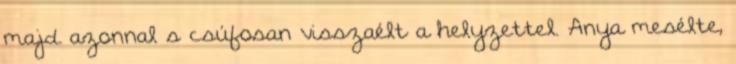
majd azonnal s csúfosan visszaélt a helyzettel. Anya mesélte,